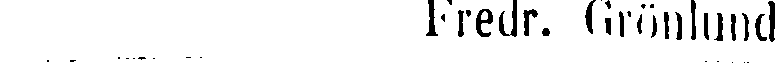
Fredr. Grönlund.